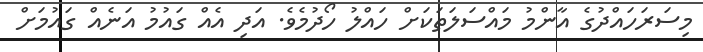
މިސަރަހައްދުގެ އާންމު މައްސަލަތަކަށް ހައްލު ހޯދުމެވެ. އަދި އެއް ގައުމު އަނެއް ގައުމަށް